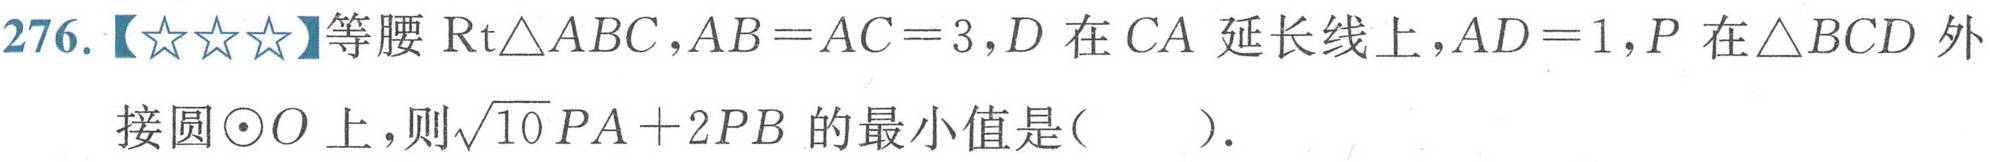
276.【★★★】等腰\(\text{Rt}\triangle ABC\)，\(AB = AC = 3\)，\(D\)在\(CA\)延长线上，\(AD = 1\)，\(P\)在\(\triangle BCD\)外
接圆\(\odot O\)上，则\(\sqrt{10}PA + 2PB\)的最小值是(  ).